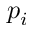
p _ { i }